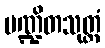
ပဏ္ဍိတသုတ္တံ